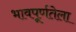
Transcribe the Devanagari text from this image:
भावपूर्णतेला